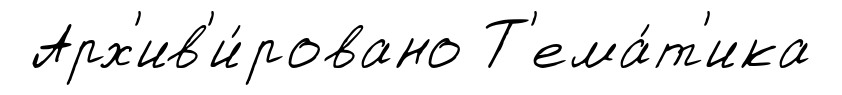
Арх'ив'и́ровано Т'ема́т'ика